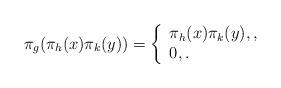
LaTeX: \begin{align*}\pi_g(\pi_h(x)\pi_k(y))=\left\{\begin{array}{l}\pi_h(x)\pi_k(y),,\\0,.\end{array}\right.\end{align*}